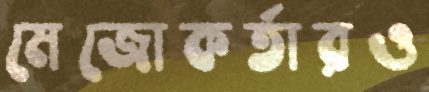
মেজোকর্তারও